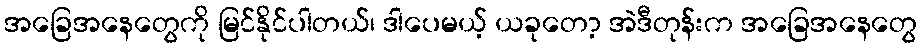
အခြေအနေတွေကို မြင်နိုင်ပါတယ်၊ ဒါပေမယ့် ယခုတော့ အဲဒီတုန်းက အခြေအနေတွေ